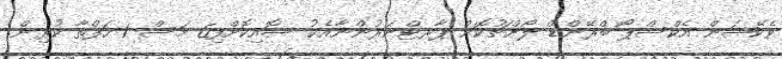
ވެކޭޝަން އެކްސްޕޯ ބްރޭންޑް ލޯންޗުކޮށް ޕާރޓްނަރުންނާއެކު ސޮއިކޮށްފި6 މަސް 1 ހަފްތާ ކުރިން.